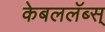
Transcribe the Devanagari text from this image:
केबललॅब्स्